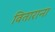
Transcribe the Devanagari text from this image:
विताराना